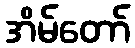
အိမ်တော်